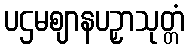
ပဌမဈာနပဉှာသုတ္တံ